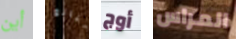
أين مبالغ أوج المراس